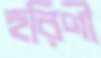
হরিণী